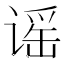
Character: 谣